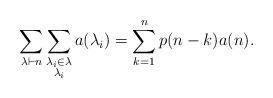
LaTeX: \begin{align*}\sum_{\lambda \vdash n}\sum_{\substack{\lambda_i \in \lambda \\ \lambda_i }}a(\lambda_i) = \sum_{k=1}^{n}p(n-k)a(n).\end{align*}